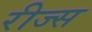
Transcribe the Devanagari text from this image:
रीज्स